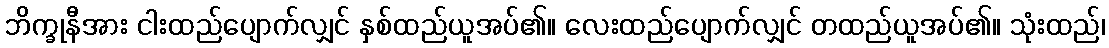
ဘိက္ခုနီအား ငါးထည်ပျောက်လျှင် နှစ်ထည်ယူအပ်၏။ လေးထည်ပျောက်လျှင် တထည်ယူအပ်၏။ သုံးထည်၊